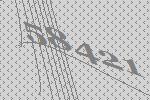
58421